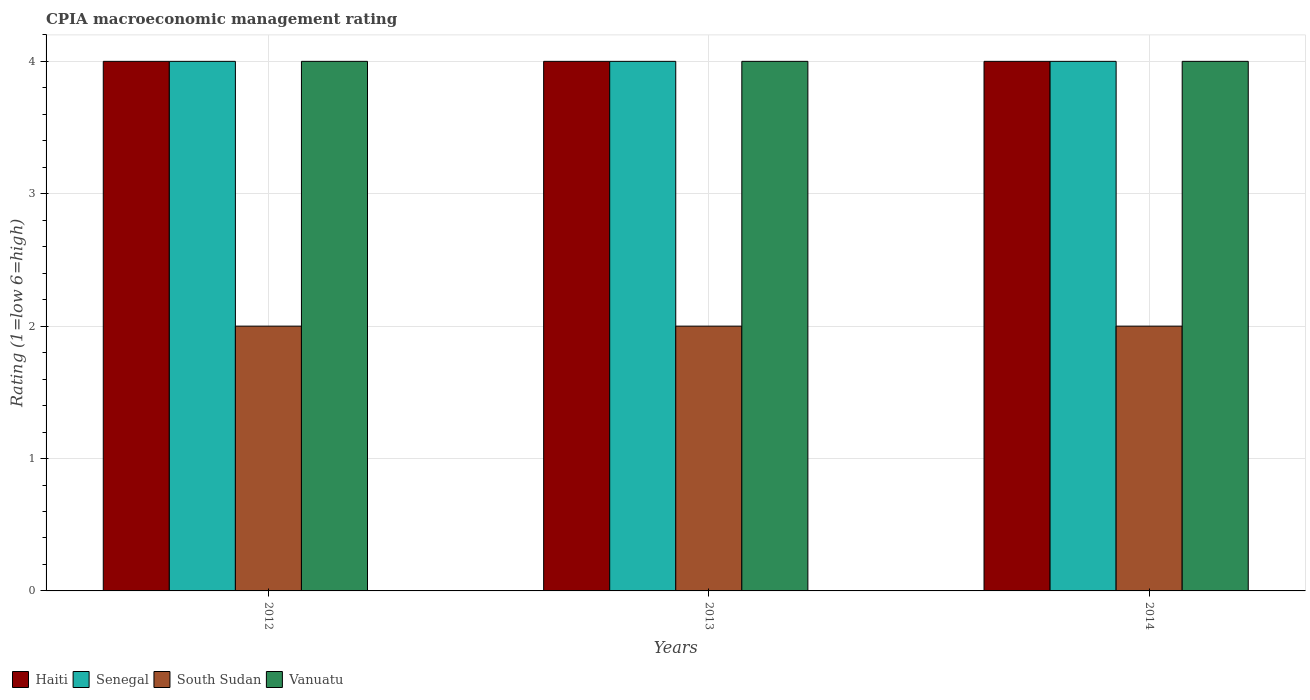
| Years | Haiti | Senegal | South Sudan | Vanuatu |
 | --- | --- | --- | --- | --- |
 | 2012 | 4 | 4 | 2 | 4 |
 | 2013 | 4 | 4 | 2 | 4 |
 | 2014 | 4 | 4 | 2 | 4 |